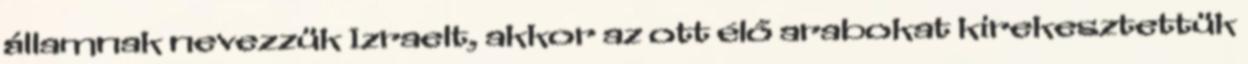
államnak nevezzük Izraelt, akkor az ott élő arabokat kirekesztettük